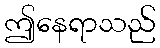
ဤနေရာသည်